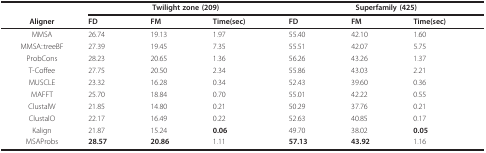
<table><thead><tr><td></td><td colspan="3"><b>Twilight zone (209)</b></td><td colspan="3"><b>Superfamily (425)</b></td></tr><tr><td><b>Aligner</b></td><td><b>FD</b></td><td><b>FM</b></td><td><b>Time(sec)</b></td><td><b>FD</b></td><td><b>FM</b></td><td><b>Time(sec)</b></td></tr></thead><tbody><tr><td>MMSA</td><td>26.74</td><td>19.13</td><td>1.97</td><td>55.40</td><td>42.10</td><td>1.60</td></tr><tr><td>MMSA::treeBF</td><td>27.39</td><td>19.45</td><td>7.35</td><td>55.51</td><td>42.07</td><td>5.75</td></tr><tr><td>ProbCons</td><td>28.23</td><td>20.65</td><td>1.36</td><td>56.26</td><td>43.26</td><td>1.37</td></tr><tr><td>T-Coffee</td><td>27.75</td><td>20.50</td><td>2.34</td><td>55.86</td><td>43.03</td><td>2.21</td></tr><tr><td>MUSCLE</td><td>23.32</td><td>16.28</td><td>0.34</td><td>52.43</td><td>39.60</td><td>0.36</td></tr><tr><td>MAFFT</td><td>25.70</td><td>18.84</td><td>0.70</td><td>55.01</td><td>42.22</td><td>0.55</td></tr><tr><td>ClustalW</td><td>21.85</td><td>14.80</td><td>0.21</td><td>50.29</td><td>37.76</td><td>0.21</td></tr><tr><td>ClustalO</td><td>22.17</td><td>16.49</td><td>0.22</td><td>52.63</td><td>40.85</td><td>0.17</td></tr><tr><td>Kalign</td><td>21.87</td><td>15.24</td><td><b>0.06</b></td><td>49.70</td><td>38.02</td><td><b>0.05</b></td></tr><tr><td>MSAProbs</td><td><b>28.57</b></td><td><b>20.86</b></td><td>1.11</td><td><b>57.13</b></td><td><b>43.92</b></td><td>1.16</td></tr></tbody></table>